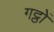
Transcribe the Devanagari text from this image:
गट्ठों